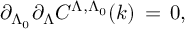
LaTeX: \partial _ { \Lambda _ { 0 } } \partial _ { \Lambda } C ^ { \Lambda , \Lambda _ { 0 } } ( k ) \, = \, 0 ,